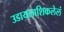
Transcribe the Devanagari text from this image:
उडायलाशिकलेलं